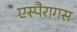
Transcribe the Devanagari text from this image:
एस्पैरागस